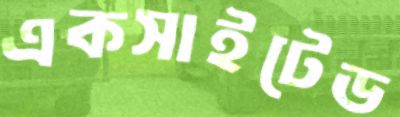
একসাইটেড